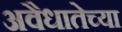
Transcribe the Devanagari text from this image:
अवैधातेच्या